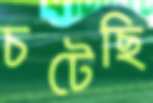
চটেছি